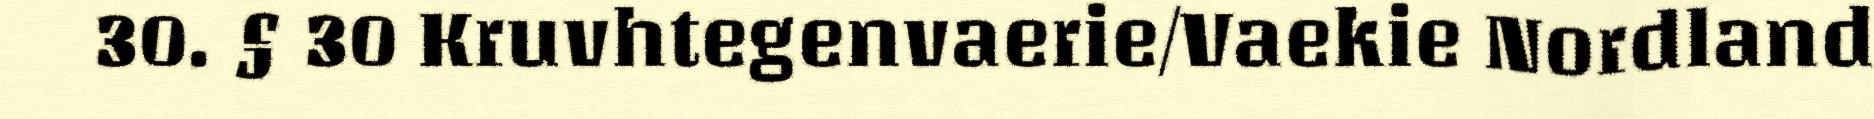
30. § 30 Kruvhtegenvaerie/Vaekie Nordland